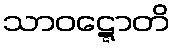
သာဝဋ္ဋောတိ